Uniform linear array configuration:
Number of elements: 4
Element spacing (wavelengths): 1
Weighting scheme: kaiser
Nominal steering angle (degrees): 15
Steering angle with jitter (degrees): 16.24
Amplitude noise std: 0.05
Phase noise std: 0.05

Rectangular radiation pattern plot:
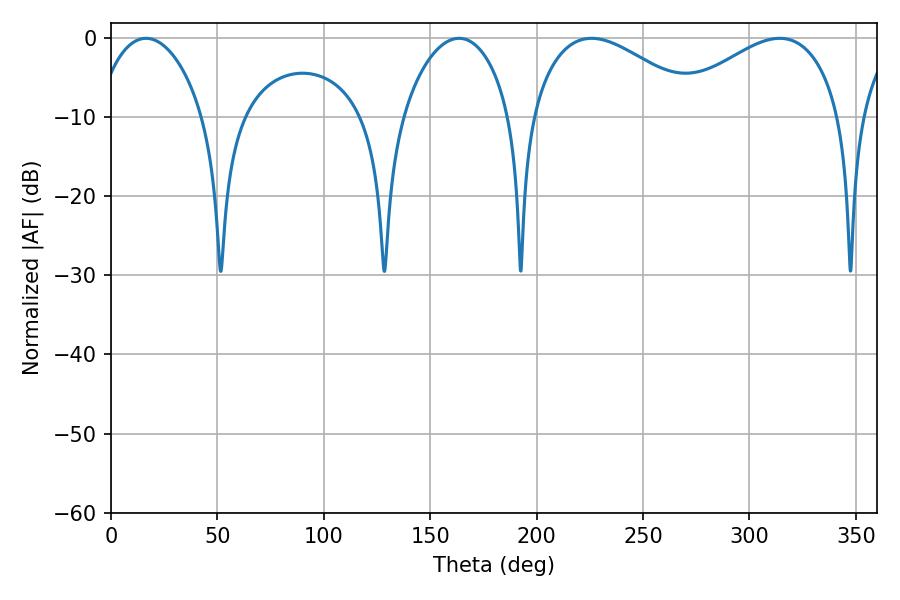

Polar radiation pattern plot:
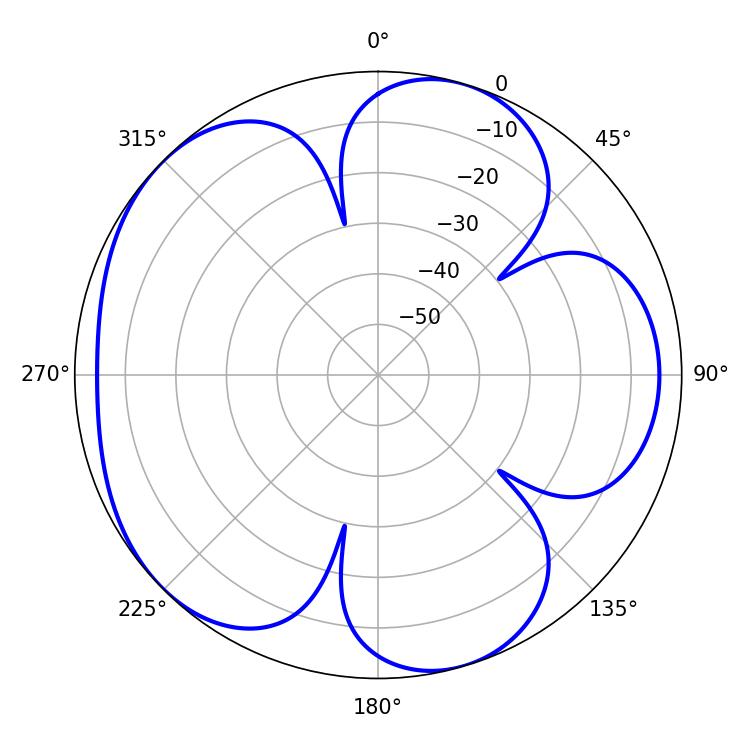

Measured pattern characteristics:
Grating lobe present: TRUE
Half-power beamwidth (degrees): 44.1
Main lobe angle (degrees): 225.72